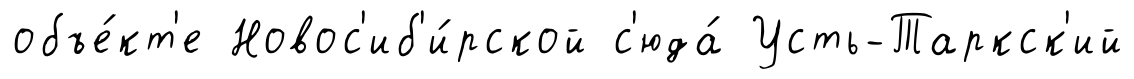
объе́кт'е Новос'иб'и́рской с'юда́ Усть-Таркск'ий